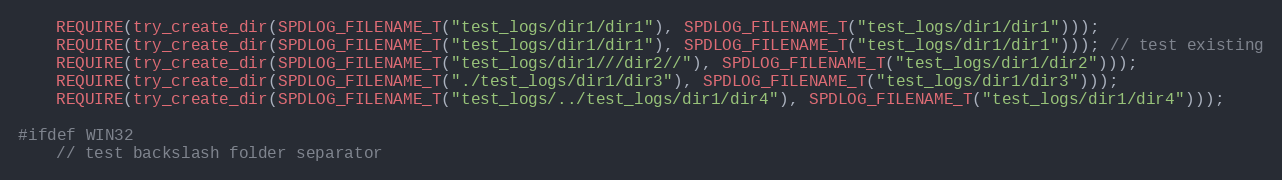
Language: C++
    REQUIRE(try_create_dir(SPDLOG_FILENAME_T("test_logs/dir1/dir1"), SPDLOG_FILENAME_T("test_logs/dir1/dir1")));
    REQUIRE(try_create_dir(SPDLOG_FILENAME_T("test_logs/dir1/dir1"), SPDLOG_FILENAME_T("test_logs/dir1/dir1"))); // test existing
    REQUIRE(try_create_dir(SPDLOG_FILENAME_T("test_logs/dir1///dir2//"), SPDLOG_FILENAME_T("test_logs/dir1/dir2")));
    REQUIRE(try_create_dir(SPDLOG_FILENAME_T("./test_logs/dir1/dir3"), SPDLOG_FILENAME_T("test_logs/dir1/dir3")));
    REQUIRE(try_create_dir(SPDLOG_FILENAME_T("test_logs/../test_logs/dir1/dir4"), SPDLOG_FILENAME_T("test_logs/dir1/dir4")));

#ifdef WIN32
    // test backslash folder separator